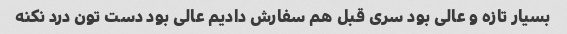
بسیار تازه و عالی بود سری قبل هم سفارش دادیم عالی بود دست تون درد نکنه